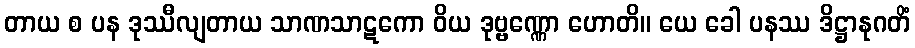
တာယ စ ပန ဒုဿီလျတာယ သာဏသာဋကော ဝိယ ဒုဗ္ဗဏ္ဏော ဟောတိ။ ယေ ခေါ ပနဿ ဒိဋ္ဌာနုဂတိံ